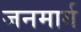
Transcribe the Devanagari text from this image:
जनमार्ग